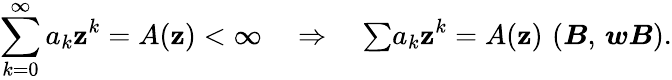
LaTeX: \sum_{k=0}^{\infty}a_{k}\mathbf{z}^{k}=A(\mathbf{z})<\infty\quad\Rightarrow\quad{\textstyle\sum}a_{k}\mathbf{z}^{k}=A(\mathbf{z})\, \, (\boldsymbol{B},\, \boldsymbol{\mathit{w}B}).